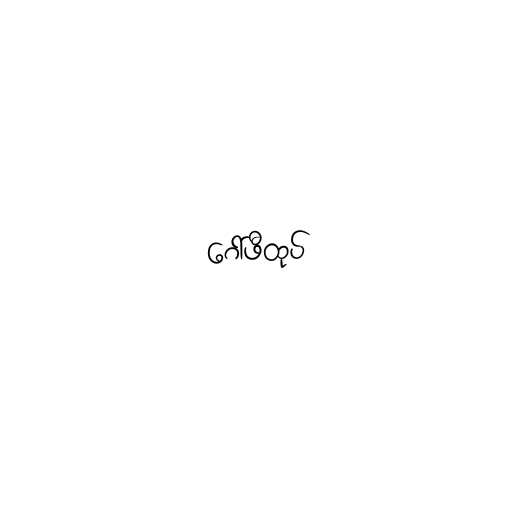
ဂေါ်ဖီထုပ်